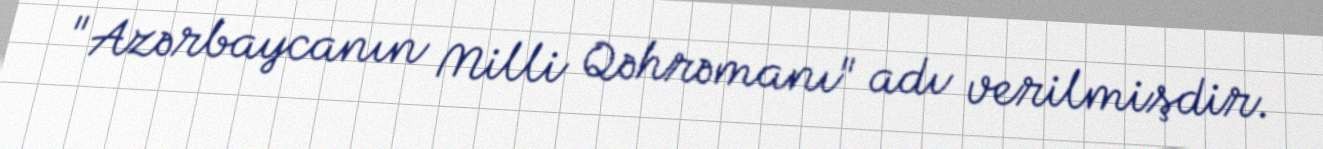
"Azərbaycanın Milli Qəhrəmanı" adı verilmişdir.